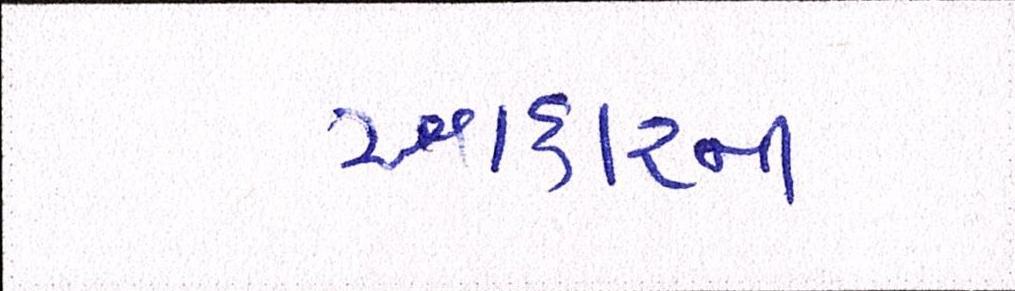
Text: આકારની